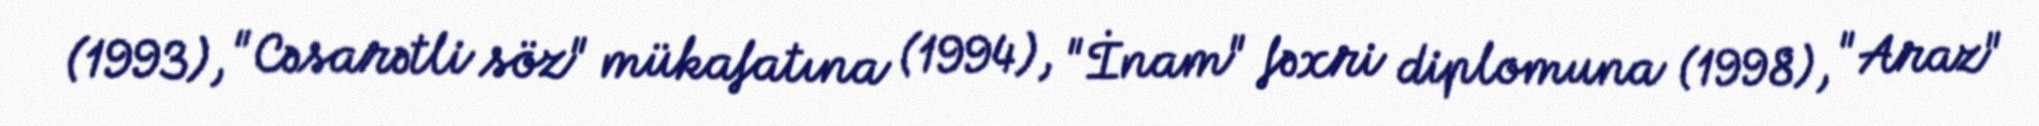
(1993), "Cəsarətli söz" mükafatına (1994), "İnam" fəxri diplomuna (1998), "Araz"